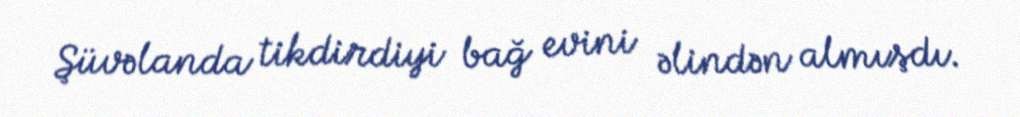
Şüvəlanda tikdirdiyi bağ evini əlindən almışdı.